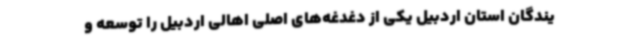
یندگان استان اردبیل یکی از دغدغه‌های اصلی اهالی اردبیل را توسعه و